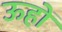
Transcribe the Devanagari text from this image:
ऊहों